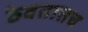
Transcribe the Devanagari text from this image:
ठेवतातच